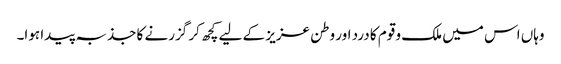
وہاں اس میں ملک و قوم کا درد اور وطن عزیز کے لیے کچھ کر گزرنے کا جذبہ پیدا ہوا۔